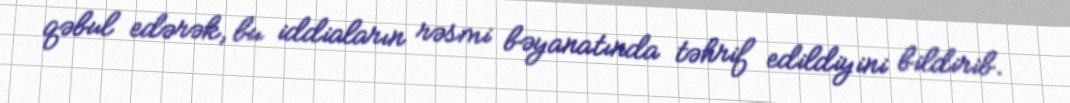
qəbul edərək, bu iddiaların rəsmi bəyanatında təhrif edildiyini bildirib.